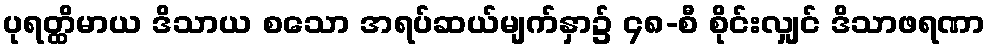
ပုရတ္ထိမာယ ဒိသာယ စသော အရပ်ဆယ်မျက်နှာ၌ ၄၈-စီ စိုင်းလျှင် ဒိသာဖရဏာ